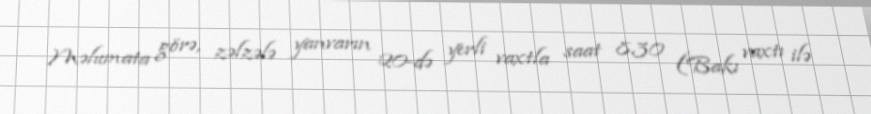
Məlumata görə, zəlzələ yanvarın 20-də yerli vaxtla saat 8.30 (Bakı vaxtı ilə